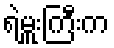
ရဲမှူးကြီးက